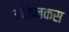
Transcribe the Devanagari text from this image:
कॉइनकस